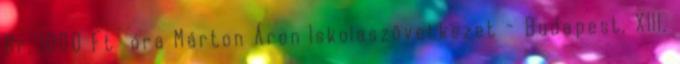
Br. 1000 Ft óra Márton Áron Iskolaszövetkezet - Budapest, XIII.